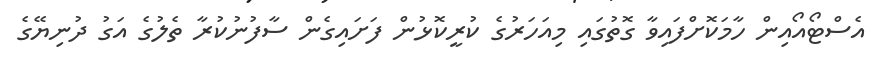
އެސްޓޯއޯއިން ހާމަކޮށްފައިވާ ގޮތުގައި މިއަހަރުގެ ކުރީކޮޅުން ފަށައިގެން ސާފުނުކުރާ ތެލުގެ އަގު ދުނިޔޭގެ